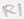
Text: R1